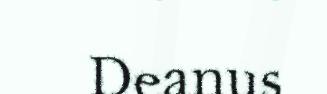
Deanus